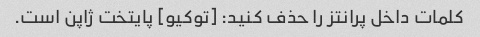
کلمات داخل پرانتز را حذف کنید: [توکیو] پایتخت ژاپن است.